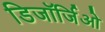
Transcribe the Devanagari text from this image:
डिजॉर्जिओ